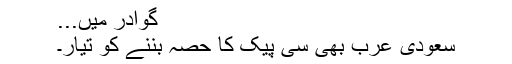
گوادر میں...
سعودی عرب بھی سی پیک کا حصہ بننے کو تیار۔